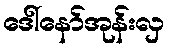
ဒေါ်နော်အုန်းလှ